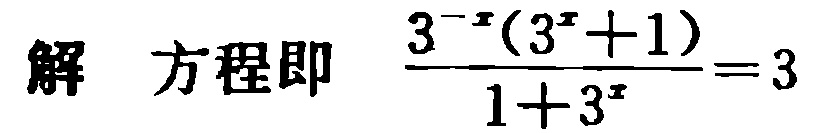
解方程即 $\frac{3^{-x}(3^{x}+1)}{1 + 3^{x}} = 3$